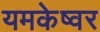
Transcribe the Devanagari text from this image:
यमकेष्वर